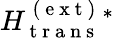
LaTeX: H_{\mathrm{~t~r~a~n~s~}}^{\mathrm{~(~e~x~t~)~}}{}^{*}